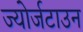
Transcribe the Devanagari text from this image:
ज्योर्जटाउन